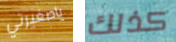
ياصغيرتي كذلك